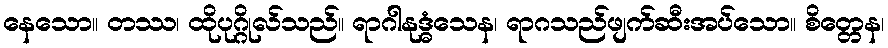
နေသော။ တဿ၊ ထိုပုဂ္ဂိုလ်သည်။ ရာဂါနုဒ္ဓံသေန၊ ရာဂသည်ဖျက်ဆီးအပ်သော။ စိတ္တေန၊